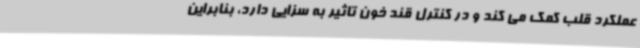
عملکرد قلب کمک می کند و در کنترل قند خون تاثیر به سزایی دارد، بنابراین